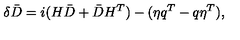
\delta \bar { D } = i ( H \bar { D } + \bar { D } H ^ { T } ) - ( \eta q ^ { T } - q \eta ^ { T } ) ,